Report on vaccination in Madras 1922-1929 - 1922-1929
Year: 1922
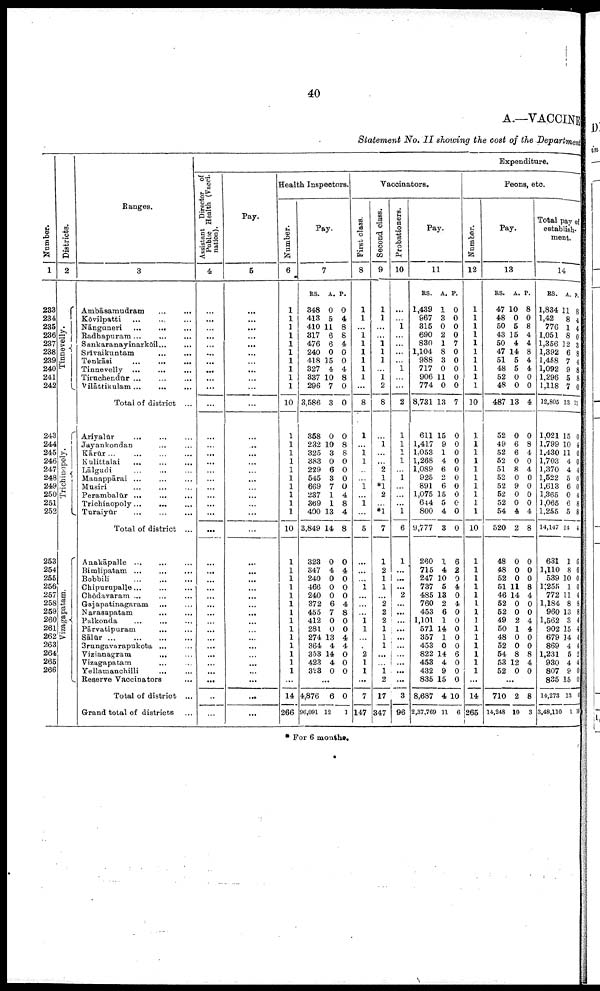
40
A.—VACCINE
Statement No. II showing the cost of the Department
Number.
1
283
234
235
236
237
238
239
240
241
242
243
244
245
246
247
248
249
250
251
252
253
254
255
256
257
258
259
260
261
262
263
264
265
266
Districts.
2
Tinnevelly.
Trichinopoly.
Vi z a ga pa t
a m.
Ranges.
3
Ambāsamudram
...
...
Kōvilpatti
...
...
...
Nānguneri ... ... ...
Radhapuram
...
...
...
Sankaranayinarkōil ... ...
Srīvaikuntam
...
...
Tenkāsi
...
...
...
Tinnevelly
...
...
...
Tiruchendūr
...
...
...
Vilāttikulam
...
...
...
Total of district ...
Ariyalūr
...
...
...
Jayankondan ... ...
Kārūr
...
...
...
...
Kulittalai ... ... ...
Lālgudi ... ... ...
Manappārai ... ... ...
Musiri ... ... ...
Perambalūr
...
...
...
Trichinopoly...
... ...
Turaiyūr
...
...
...
Total of district ...
Anakāpalle ... ... ...
Bimlipatam ... ... ...
Bobbili
...
...
...
Chipuropalle
...
...
...
Chōdavaram ... ... ...
Gajapatinagaram ... ...
Narasapatam ... ...
Palkonda
...
...
Pārvatipuram
... ...
Sālūr
...
...
...
...
Srungavarapukota ... ...
Vizianagram
... ...
Vizagapatam ... ...
Yellamanchilli
... ...
Reserve Vaccinators ...
Total of district ...
Grand total of districts
Expenditure.
Assistant Director of
Public Health (Vacci
nation).
4
...
...
...
...
...
...
...
...
...
...
...
...
...
...
...
...
...
...
...
...
...
...
...
...
...
...
...
...
...
...
...
...
...
...
...
...
...
...
...
Pay.
5
...
...
...
...
...
...
...
...
...
...
...
...
...
...
...
...
...
...
...
...
...
...
...
...
...
...
...
...
...
...
...
...
...
...
...
...
...
...
...
Health Inspectors.
Number.
6
1
1
1
1
1
1
1
1
1
1
10
1
1
1
1
1
1
1
1
1
1
10
1
1
1
1
1
1
1
1
1
1
1
1
1
1
...
11
266
Pay.
7
RS.
348
413
410
817
476
240
418
327
837
296
3,586
358
232
325
383
229
545
669
237
369
400
3,849
323
347
240
466
240
372
455
412
281
274
364
353
423
323
A.
0
5
11
6
6
0
15
4
10
7
3
0
10
3
0
6
3
7
1
1
13
14
0
4
0
0
0
6
7
0
0
13
4
14
4
0
P.
0
4
8
8
4
0
0
4
8
0
0
0
8
8
0
0
0
0
4
8
4
8
0
4
0
0
0
4
8
0
0
4
4
0
0
0
...
4,876
96,091
6
12
0
1
Vaccinators.
First class.
8
1
1
...
1
1
1
1
1
1
...
8
1
...
1 1
...
...
1
...
1
...
5
...
...
... 1
...
...
...
1
1
...
...
2
1
1
...
7
147
Second class.
9
1
1
...
...
1
1
1
...
1 2
8
...
1
...
...
2
1
*1
2
...
*1
7
1
2
1
1
...
2
2
2
1
1
1
...
...
1
2
17
347
Probationers.
10
...
...
1
...
...
...
...
1
...
...
2
1
1
1
1
...
1
...
...
...
1
6
1
...
...
...
2
...
...
...
...
...
...
...
...
...
...
3
96
Pay.
11
RS.
1,439
967
315
690
830
1,104
988
717
906
774
8,731
611
1,417
1,053
1,268
1,089
925
891
1,075
644
800
9,777
260
715
247
737
485
760
453
1,101
571
357
453
822
453
432
835
8,687
2,37,769
A.
1
3
0
2
1
8 3
0
11
0
13
15
9
1
4
6
2
6
15
5
4
3
1
4
10
5
13
2
6
1
14
1
0
14
4
9
15
4
11
P.
0
0
0
0
7
0
0
0
0
0
7
0
0
0
0
0
0
0
0
0
0
0
6
2
0
4
0
4
0
0
0
0
0
6
0
0
0
10
6
Peons, etc.
Number.
12
1
1
1
1
1
1
1
1
1
1
10
1
1
1
1
1
1
1
1
1
1
10
1
1
1
1
1
1
1
1
1
1
1
1
1
1
...
14
265
Pay.
18
RS.
47
48
50
43
50
47
51
48
52
48
487
52
49
52
52
51
52
52
52
52
54
520
48
48
52
51
46
52
52
49
50
48
52
54
53
52
A.
10
0
5
15
4
14
5
5
0
0
13
0
6
6
0
8
0
9
0
0
4
2
0
0
0
11
14
0
0
2
1
0
0
8
12
0
P.
8
0
8
4
4
8
4
4
0
0
4
0
8
4
0
4
0
0
0
0
4
8
0
0
0
8
4
0
0
4
4
0
0
8
4
0
...
710
14,248
2
10
8
3
Total pay of
establish
ment.
14
RS.
1,834
1,42
776
1,051
1,356
1,392
1,458
1,092
1,296
1,118
12,805
1,021
1,799
1,430
1,703
1,370
1,522
1,613
1,365
1,065
1,255
14,147
631
1,110
589
l,255
772
1,184
960
1,562
902
679
869
1,231
980
807
885
14,273
3,48,110
A.
11
8
1
8
12
6
7
9
5
7
13
15
10
11
4
4
5
6
0
6
5
14
1
8
10
1
11
8
13
3
15
14
4
5
4
9
15
13
1
P.
8
4
4
0
3
8
4
8
8
0
11
0
4
0
0
4
0
0
4
8
8
4
6
6
0
0
4
8
8
4
4
4
4
2
4
0
0
6
10
* For 6 months.